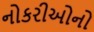
નોકરીઓનો